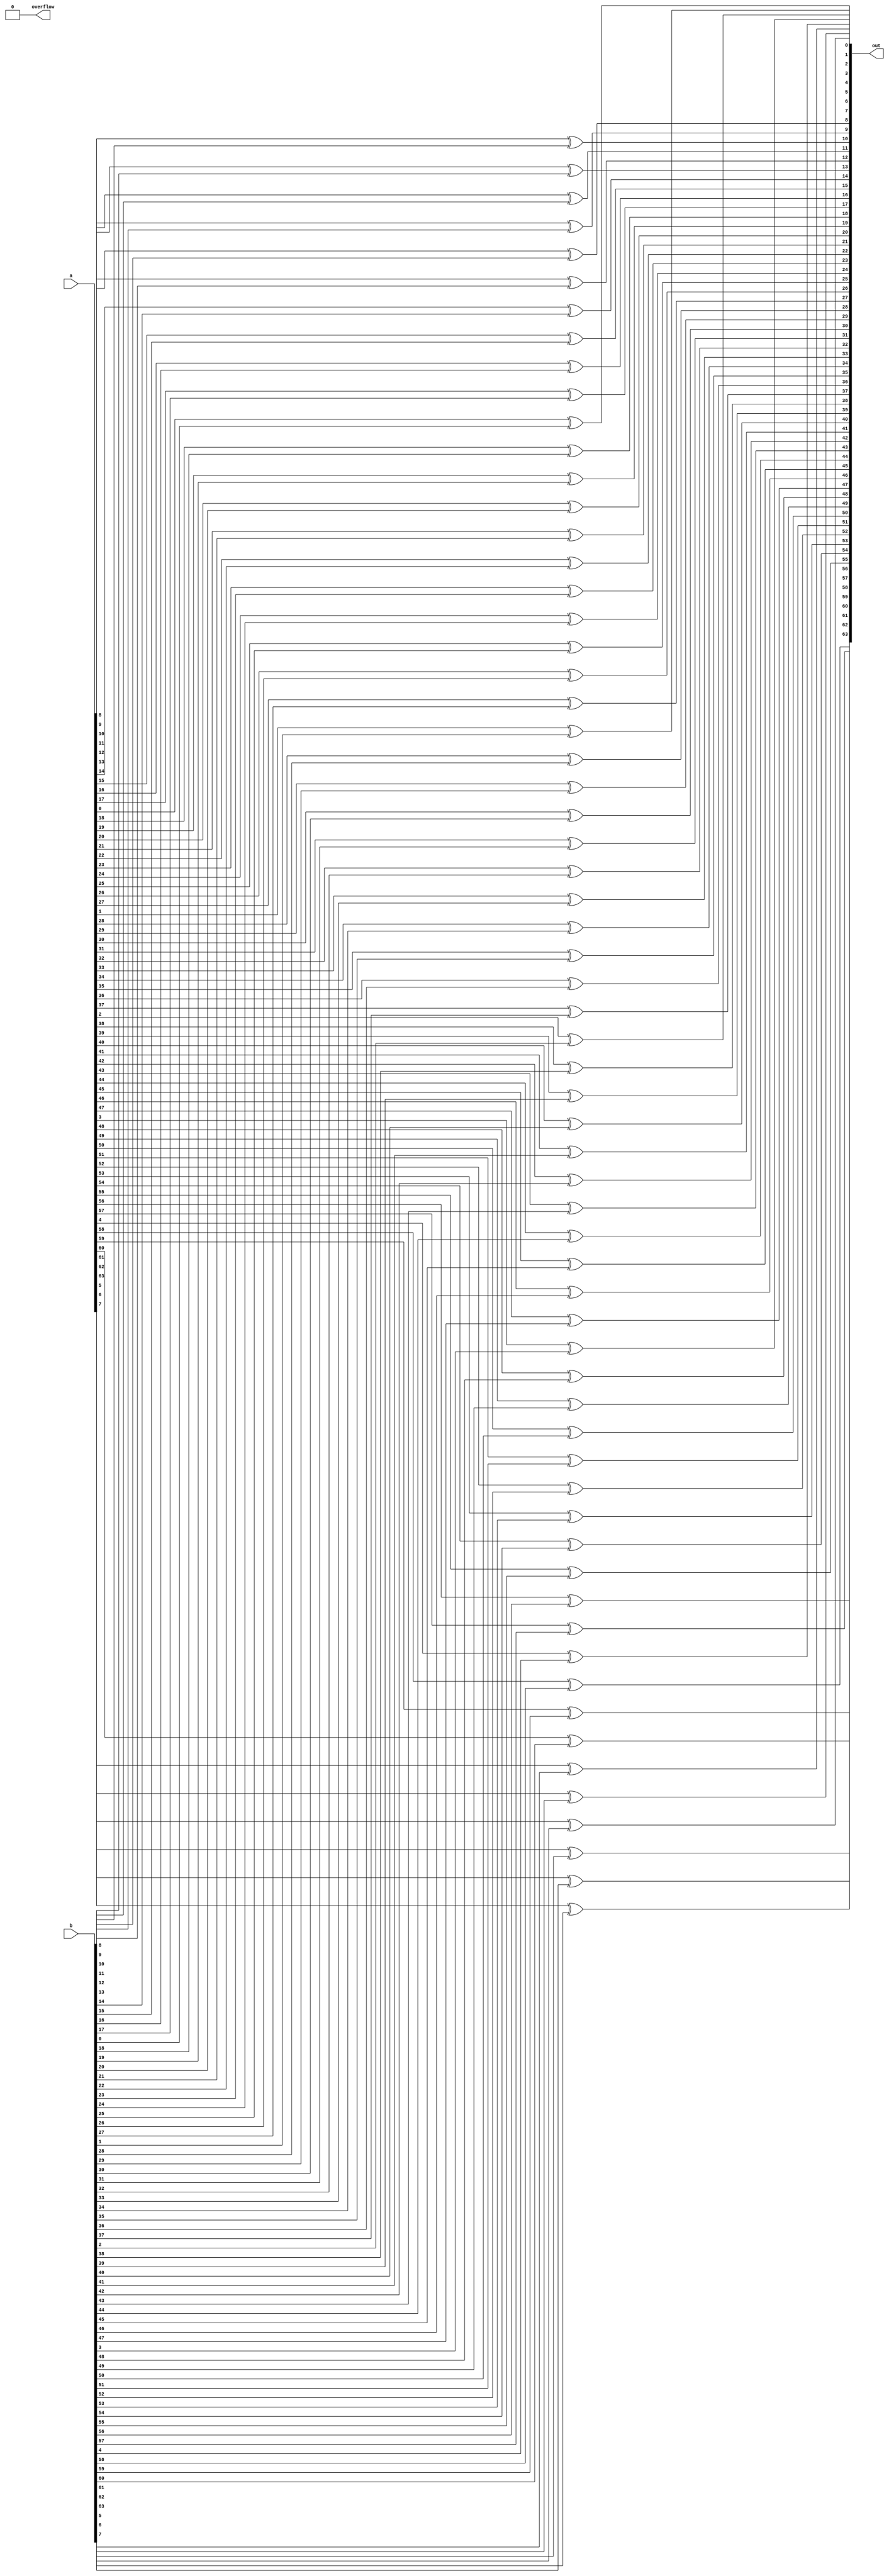
`timescale 1ns/10ps

module XOR64 (a,b,out,overflow);
input signed [63:0] a, b;
output overflow;
output signed [63:0] out;
wire zero_bit = 0;
wire one_bit = 1;

genvar i;
generate
    for (i=0; i<64; i = i + 1)
    begin
        xor u1 (out[i],a[i],b[i]);
    end
endgenerate
and over_bit (overflow,zero_bit,zero_bit);

endmodule